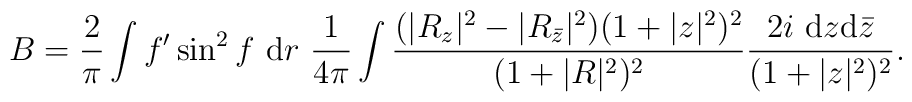
B = \frac{2}{\pi} \int f^{\prime} \sin^2 f~ {\rm d} r~\frac{1}{4 \pi}  \int \frac{(|R_z|^2 -           |R_{{\bar z}}|^2)(1+|z|^2)^2}{(1+|R|^2)^2}      \frac{2 i~ {\rm d}z {\rm d} {\bar z}}{(1 + |z|^2)^2}.